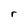
Character: r